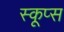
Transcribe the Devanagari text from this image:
स्कूप्स